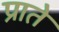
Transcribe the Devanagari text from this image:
प्राते